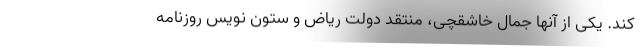
کند. یکی از آنها جمال خاشقچی، منتقد دولت ریاض و ستون نویس روزنامه